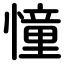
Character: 憧